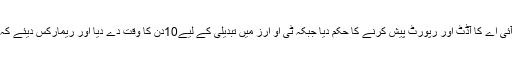
سپریم کورٹ نے آڈیٹر جنرل کو 10ہفتے میں پی آئی اے کا آڈٹ اور رپورٹ پیش کرنے کا حکم دیا جبکہ ٹی او آرز میں تبدیلی کے لیے10دن کا وقت دے دیا اور ریمارکس دیئے کہ ڈاکٹر فرخ سلیم بھی بیرون ملک سے واپس آجائیں۔